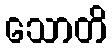
သောတိ